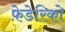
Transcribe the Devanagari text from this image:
फ़ेडेरिको